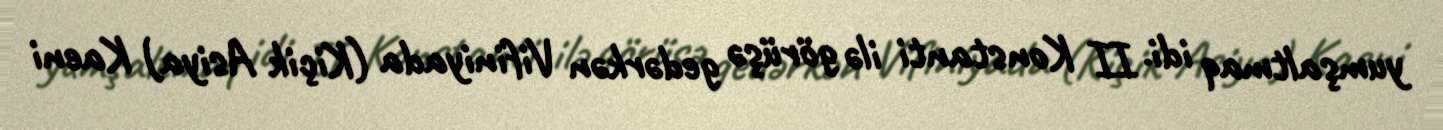
yumşaltmaq idi. II Konstanti ilə görüşə gedərkən Vifiniyada (Kiçik Asiya) Kaeni